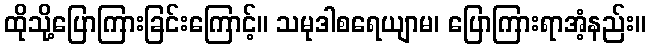
ထိုသို့ပြောကြားခြင်းကြောင့်။ သမုဒါစရေယျာမ၊ ပြောကြားရာအံ့နည်း။